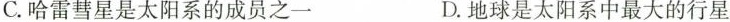
C. 哈雷彗星是太阳系的成员之一 D. 地球是太阳系中最大的行星